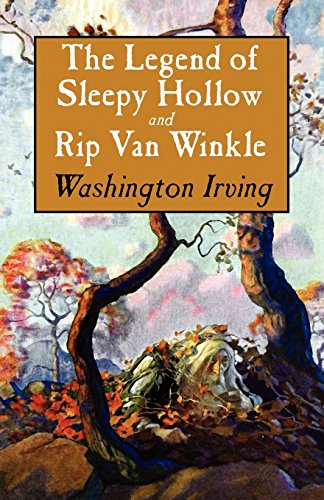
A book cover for The Legend of Sleepy Hollow and Rip Van Winkle; Washington Irving; Literature & Fiction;